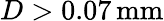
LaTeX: D>0.07\, \mathrm{mm}